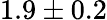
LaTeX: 1.9\pm 0.2